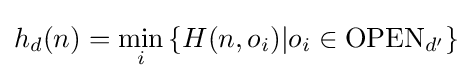
h_{d}(n)=\min _{i}\left\{H(n,o_{i})|o_{i}\in \mathrm {OPEN} _{d'}\right\}